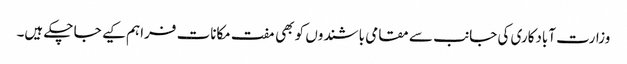
وزارت آبادکاری کی جانب سے مقامی باشندوں کو بھی مفت مکانات فراہم کیے جا چکے ہیں۔